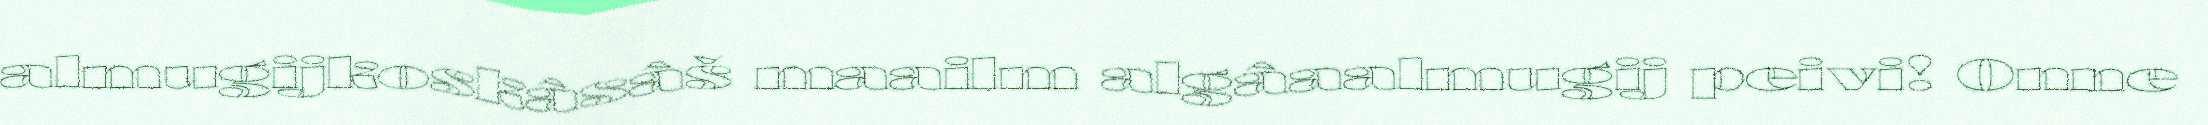
almugijkoskâsâš maailm algâaalmugij peivi! Onne